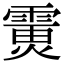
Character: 𩄪